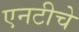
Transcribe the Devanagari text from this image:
एनटीचे